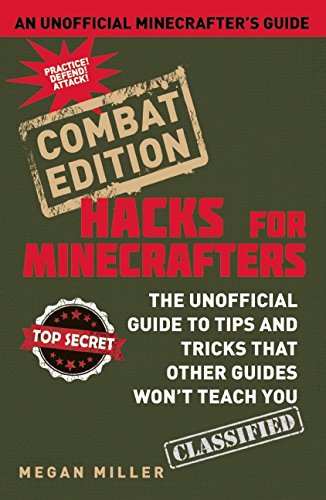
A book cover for Hacks for Minecrafters: Combat Edition: The Unofficial Guide to Tips and Tricks That Other Guides Won't Teach You; Megan Miller; Humor & Entertainment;